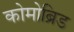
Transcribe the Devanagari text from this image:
कोमोब्रिड